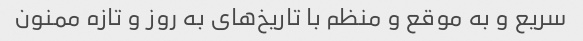
سریع و به موقع و منظم با تاریخ‌های به روز و تازه ممنون